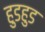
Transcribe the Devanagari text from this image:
हुडहुड